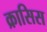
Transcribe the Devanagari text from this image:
क्रासिस